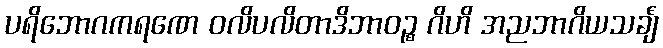
ပရိဘောဂကရဏေ ဝလိပလိတာဒိဘာဝဉ္စ ဂိဟိ အညဘာဂိယသင်္ချံ